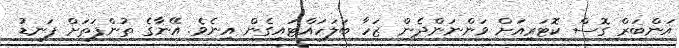
އަންބަރް ގޮސް ކޮޓަރިއަށް ވަންނަންދެން ޒަހާ ބަލަހައްޓައިގެން އިނެވެ. އޭނާގެ ތުންފަތަށް ފަނޑު